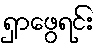
ရှာဖွေရင်း